Annual statistical returns and brief notes on vaccination in Bengal - 1887-1898
Year: 1887
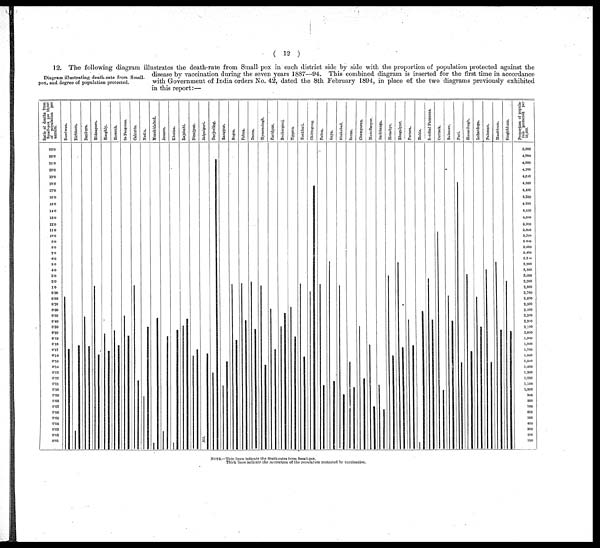
(12)
Diagram illustrating death-rate from Small-
pox, and degree of population protected.
12. The following diagram illustrates the death-rate from Small pox in each district side by side with the proportion of population protected against the
disease by vaccination during the seven years 1887—94. This combined diagram is inserted for the first time in accordance
with Government of India orders No. 42, dated the 8th February 1894, in place of the two diagrams previously exhibited
in this report:—
NOTE.—Thin lines indicate the death-rates from Small-pox.
Thick lines indicate the proportion of the population protected by vaccination.